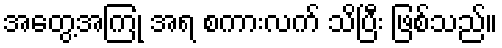
အတွေ့အကြုံ အရ စကားလက် သိပြီး ဖြစ်သည်။